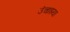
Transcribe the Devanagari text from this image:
उंचाइया